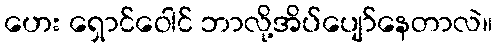
ဟေး ရှောင်ဝေါင် ဘာလို့အိပ်ပျော်နေတာလဲ။